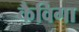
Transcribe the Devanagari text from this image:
कैविगा